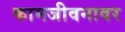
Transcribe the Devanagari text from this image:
कामजीवनावर